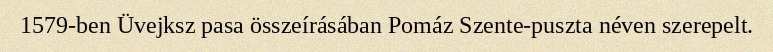
1579-ben Üvejksz pasa összeírásában Pomáz Szente-puszta néven szerepelt.